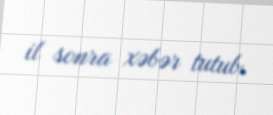
il sonra xəbər tutub.